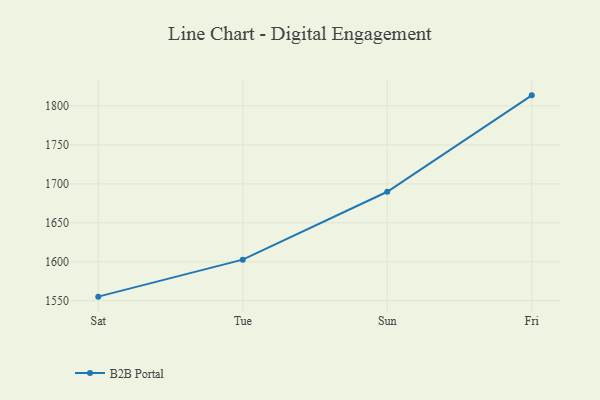
{"axis": {"x": "Day", "y": "Gross Profit (USD K)"}, "legend": ["B2B Portal"], "data": [{"x": "Sat", "y": 1555.2, "type": "B2B Portal"}, {"x": "Tue", "y": 1602.7, "type": "B2B Portal"}, {"x": "Sun", "y": 1689.9, "type": "B2B Portal"}, {"x": "Fri", "y": 1813.7, "type": "B2B Portal"}]}